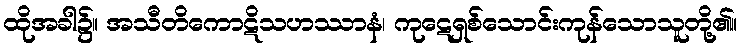
ထိုအခါ၌။ အသီတိကောဋိသဟဿာနံ၊ ကုဋေရှစ်သောင်းကုန်သောသူတို့၏။